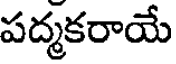
పద్మకరాయే